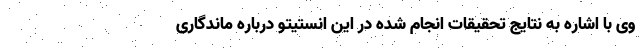
وی با اشاره به نتایج تحقیقات انجام شده در این انستیتو درباره ماندگاری